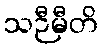
သဉီမီတိ